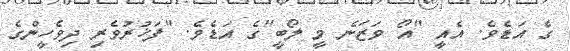
ގެ އަޑެވެ. އެއީ "އޯ ވަޒަނެ މީ ލޯބީ"ގެ އަޑެވެ. "ފަޚުރުވެރި ދިވެހީންގެ